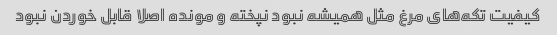
کیفیت تکه‌های مرغ مثل همیشه نبود نپخته و مونده اصلا قابل خوردن نبود